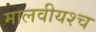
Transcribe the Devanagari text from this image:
मालवीयश्च